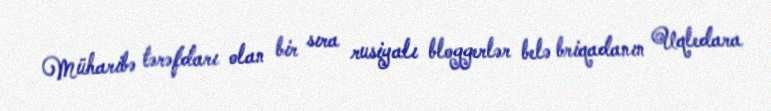
Müharibə tərəfdarı olan bir sıra rusiyalı bloggerlər belə briqadanın Uqledara